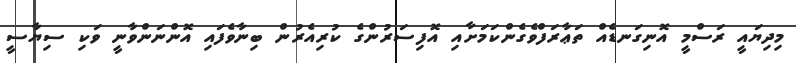
މިދިޔައީ ރަސްމީ އޮނިގަނޑެއް ތަޢާރަފްވެގެންކަމަށާއި އޮފިސަރުންގެ ކުރިއެރުން ބިނާވެފައި އޮންނަންވާނީ ވަކި ސިޔާސީ